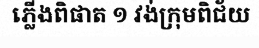
ភ្លើងពិផាត ១ វង់ក្រុមពិជ័យ